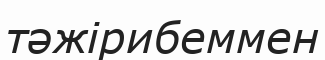
тәжірибеммен